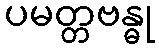
ပမတ္တဗန္ဓု